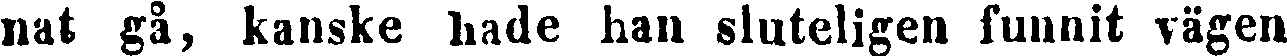
nat gå, kanske hade han sluteligen funnit vägen